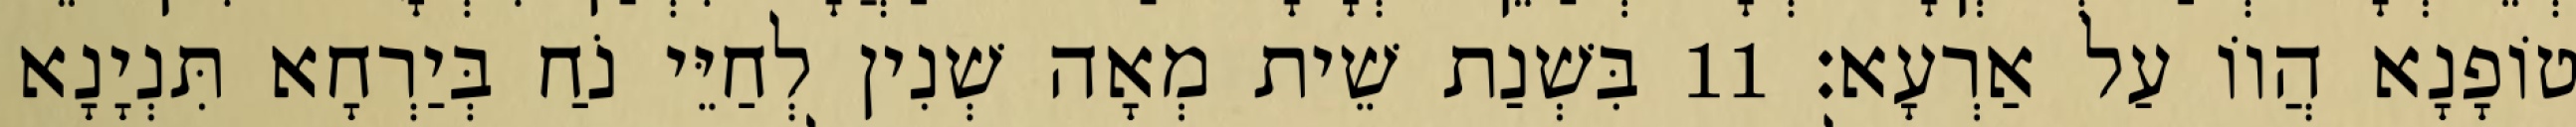
טוֹפָנָא הֲווֹ עַל אַרְעָא׃ 11 בִּשְׁנַת שֵׁית מְאָה שְׁנִין לְחַיֵּי נֹחַ בְּיַרְחָא תִּנְיָנָא